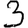
Digit: 3